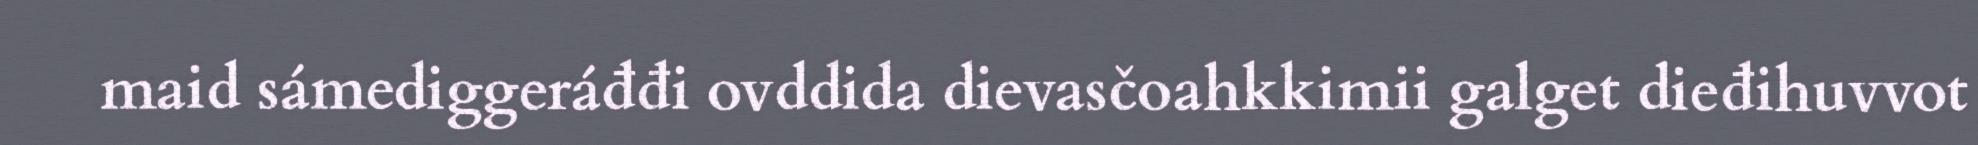
maid sámediggeráđđi ovddida dievasčoahkkimii galget dieđihuvvot